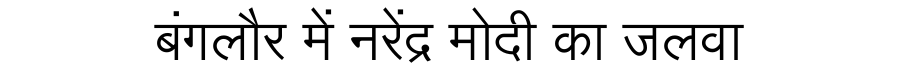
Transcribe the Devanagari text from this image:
बंगलौर में नरेंद्र मोदी का जलवा